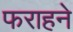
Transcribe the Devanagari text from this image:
फराहने